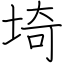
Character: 埼